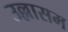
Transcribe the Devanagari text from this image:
उल्लासम